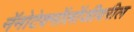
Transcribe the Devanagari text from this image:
नॅनोटेक्नॉलॉजीवरील